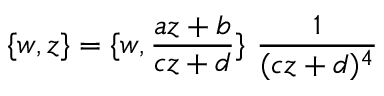
\{ w , z \} = \{ w , \frac { a z + b } { c z + d } \} ~ \frac { 1 } { ( c z + d ) ^ { 4 } }